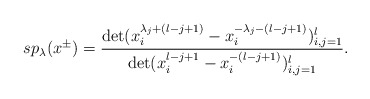
\begin{align*}sp_\lambda(x^{\pm})=\frac{\det(x^{\lambda_j+(l-j+1)}_i-x^{-\lambda_j-(l-j+1)}_i)^l_{i,j=1}}{\det(x^{l-j+1}_i-x^{-(l-j+1)}_i)^l_{i,j=1}}.\end{align*}